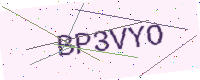
Text: BP3VYO